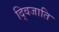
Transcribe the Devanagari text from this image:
द्विजाति